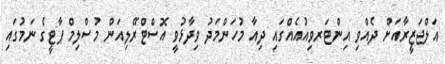
އަލްޖަޒީރާއަށް ދެއްވި އިންޓަރވިއުއެއްގައި ދިއާ މުހަންމަދު ވިދާޅުވީ އޮސްޓްރޭލިއަން މުސްލިމް ޕާޓީގެ ނަމުގައި